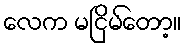
လေက မငြိမ်တော့။